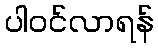
ပါဝင်လာရန်